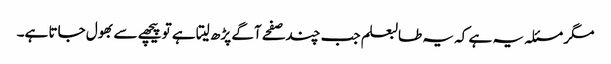
مگر مسئلہ یہ ہے کہ یہ طالبعلم جب چند صفحے آگے پڑھ لیتا ہے تو پیچھے سے بھول جاتا ہے۔